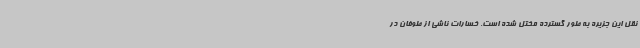
نقل این جزیره به طور گسترده مختل شده است. خسارات ناشی از طوفان در